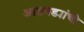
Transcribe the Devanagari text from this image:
आठवड्यांची